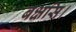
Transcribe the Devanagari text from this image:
बक्षसि।